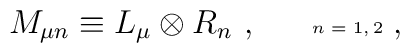
M_{\mu n} \equiv L_{\mu} \otimes R_{n}~,~~~~~\mbox{\tiny $n=1,2$}~,